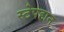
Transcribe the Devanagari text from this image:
स्टेपहान